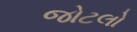
જોટલો